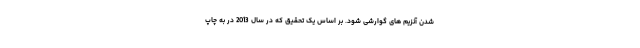
شدن آنزیم های گوارشی شود. بر اساس یک تحقیق که در سال 2013 در به چاپ